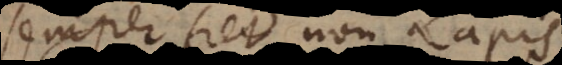
semper fiet non Lapis.